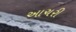
આચરી